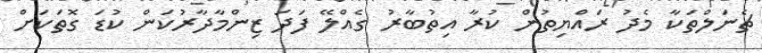
ޗެނަލްތަކާ މެދު ރައްޔިތުން ކުރާ އިތުބާރު ގެއްލޭ ފަދަ ޒިންމާދާރުކަން ކުޑަ ގޮތަކަށް